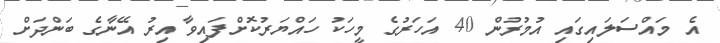
އެ މައްސަލައިގައި އުމުރުން 40 އަހަރުގެ މީހަކު ހައްޔަރުކޮށްފައިވާ އިރު އޭނާގެ ބަންދަށް